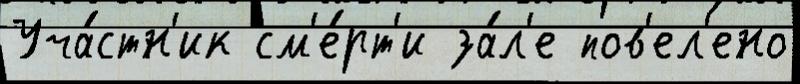
Уча́стн'ик см'е́рт'и за́л'е пов'ел'ено